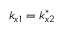
k _ { x 1 } = k _ { x 2 } ^ { * }